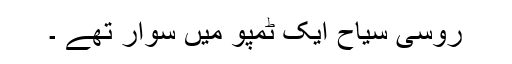
روسی سیاح ایک ٹمپو میں سوار تھے ۔